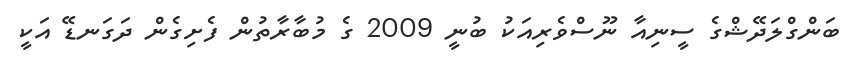
ބަންގްލަދޭޝްގެ ސީނިއާ ނޫސްވެރިއަކު ބުނީ 2009 ގެ މުބާރާތުން ފެށިގެން ދަގަނޑޭ އަކީ